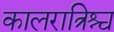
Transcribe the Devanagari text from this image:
कालरात्रिश्च